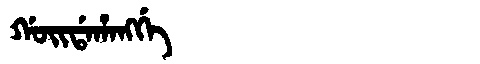
Manchu: ᡤᠣᡳᡩᠠᡥᠠᠩᡤᡝ
Romanization: GOIDAHANGGE